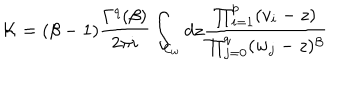
{ \cal K } = ( \beta - 1 ) \frac { \Gamma ^ { q } ( \beta ) } { 2 \pi i } \int _ { { \cal C } _ { w } } d z \frac { \prod _ { i = 1 } ^ { p } ( v _ { i } - z ) } { \prod _ { j = 0 } ^ { q } ( w _ { j } - z ) ^ { \beta } }